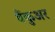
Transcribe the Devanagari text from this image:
वैंकुअर